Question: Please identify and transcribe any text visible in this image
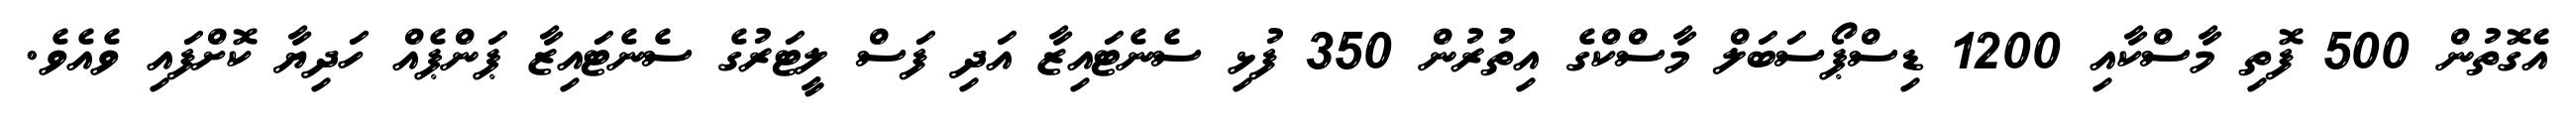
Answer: އެގޮތުން 500 ފޮތި މާސްކާއި 1200 ޑިސްޕޯސަބަލް މާސްކްގެ އިތުރުން 350 ފުޅި ސެނެޓައިޒާ އަދި ފަސް ލީޓަރުގެ ސެނެޓައިޒާ ޕަންޕެއް ހަދިޔާ ކޮށްފައި ވެއެވެ.